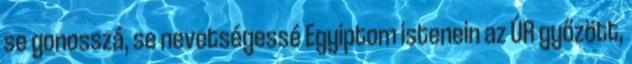
se gonosszá, se nevetségessé Egyiptom istenein az ÚR győzött,